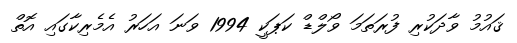
ޤައުމު ވާދަކުރި ފުރަތަމަ ވޯލްޑް ކަޕަކީ 1994 ވަނަ އަހަރު އެމެރިކާގައި އޮތް